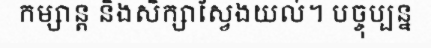
កម្សាន្ត និងសិក្សាស្វែងយល់។ បច្ចុប្បន្ន